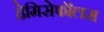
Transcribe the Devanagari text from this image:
हेमिसेफॉलस